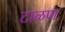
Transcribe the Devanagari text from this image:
टाळण